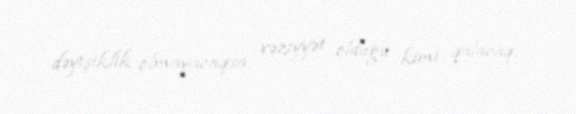
dəyişiklik olmayacaqsa, vəziyyət olduğu kimi qalacaq.